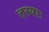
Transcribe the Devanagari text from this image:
तस्याः